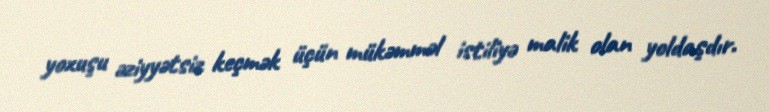
yoxuşu əziyyətsiz keçmək üçün mükəmməl istiliyə malik olan yoldaşdır.